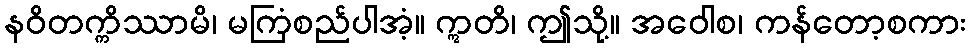
နဝိတက္ကိဿာမိ၊ မကြံစည်ပါအံ့။ ဣတိ၊ ဤသို့။ အဝေါစ၊ ကန်တော့စကား